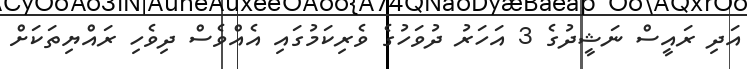
އަދި ރައީސް ނަޝީދުގެ 3 އަހަރު ދުވަހުގެ ވެރިކަމުގައި އެއްވެސް ދިވެހި ރައްޔިތަކަށް